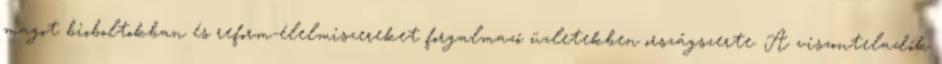
magot bioboltokban és reform-élelmiszereket forgalmazó üzletekben országszerte. A viszonteladók